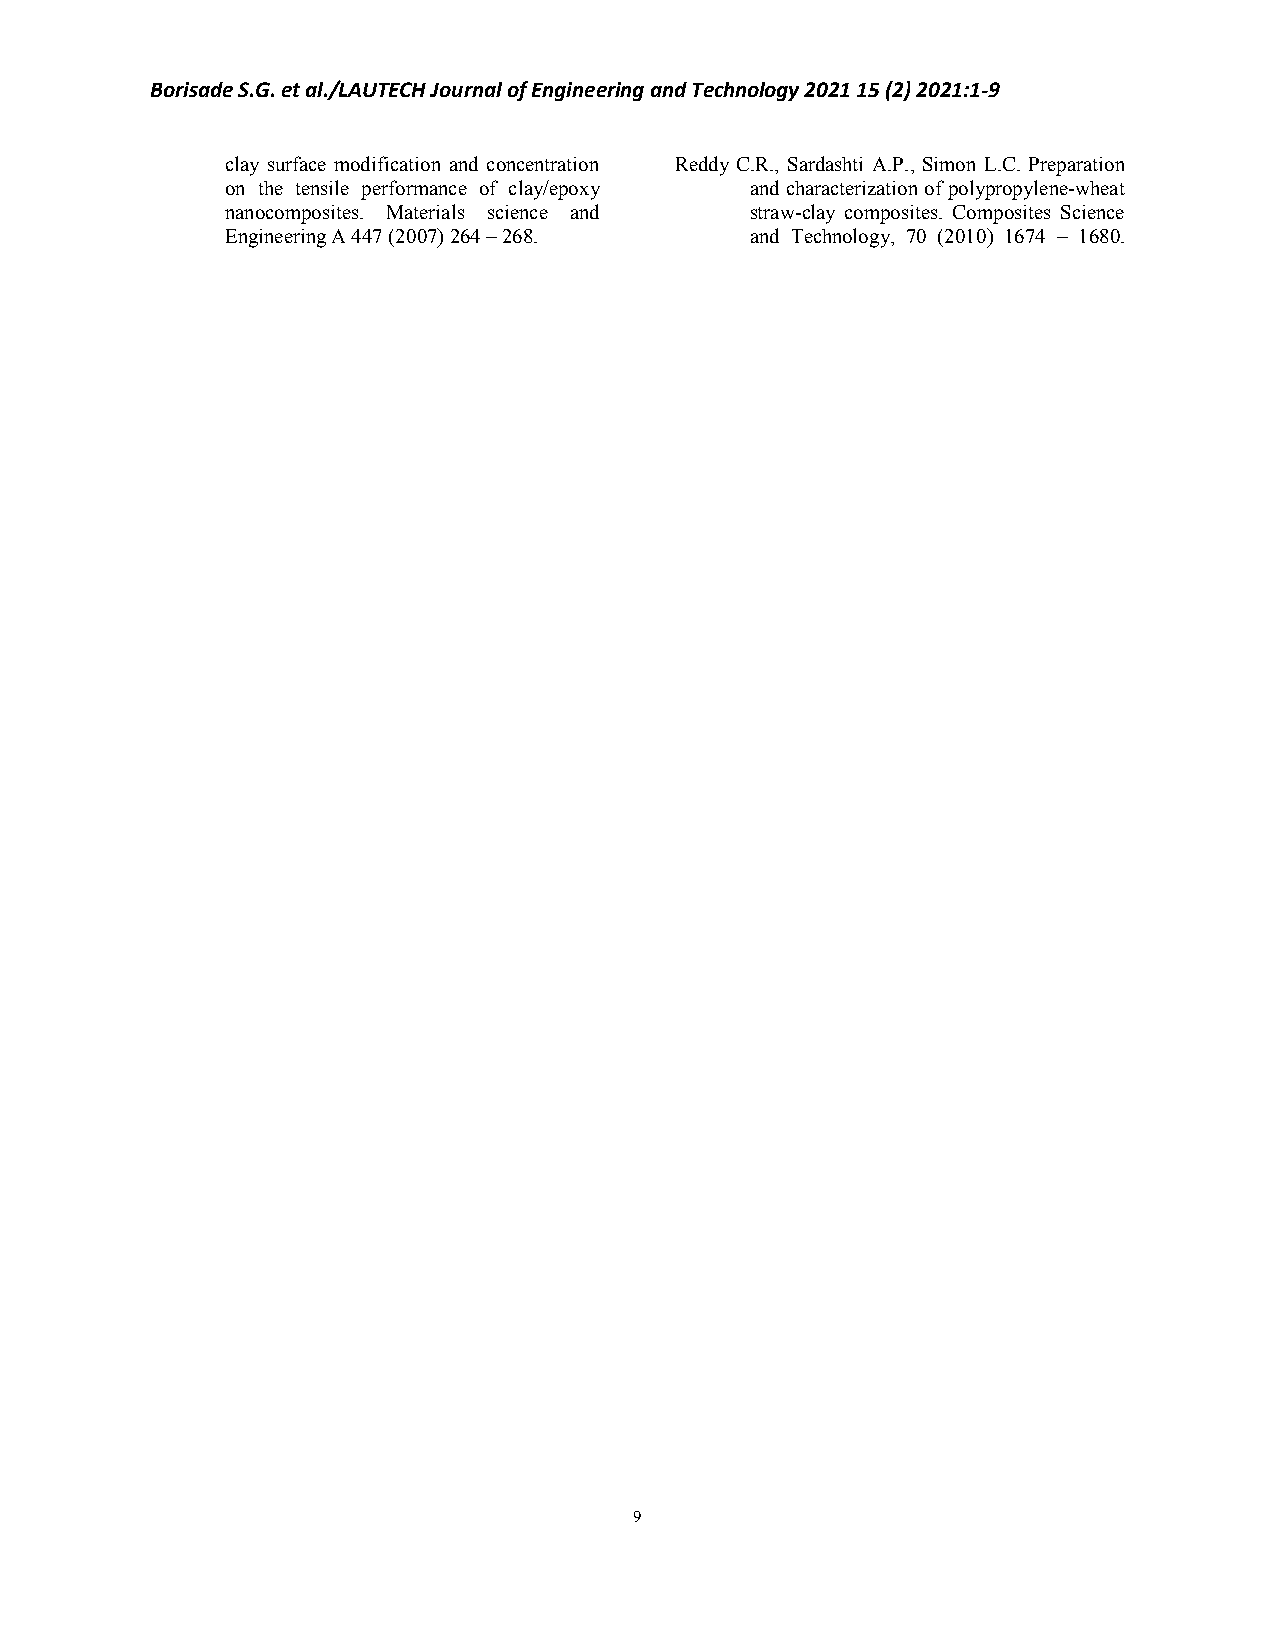
Borisade S.G. et al./LAUTECH Journal of Engineering and Technology 2021 15 (2) 2021:1-9
 clay surface modification and concentration Reddy C.R., Sardashti A.P., Simon L.C. Preparation
 on the tensile performance of clay/epoxy and characterization of polypropylene-wheat
 nanocomposites. Materials science and straw-clay composites. Composites Science
 Engineering A 447 (2007) 264 – 268. and Technology, 70 (2010) 1674 – 1680.
 9